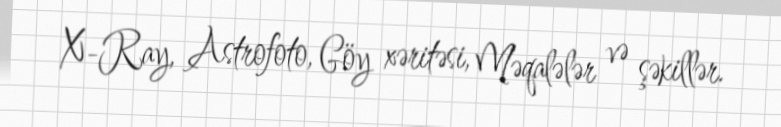
X-Ray, Astrofoto, Göy xəritəsi, Məqalələr və şəkillər.